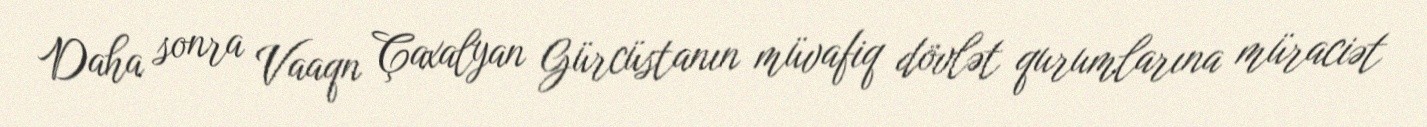
Daha sonra Vaaqn Çaxalyan Gürcüstanın müvafiq dövlət qurumlarına müraciət